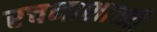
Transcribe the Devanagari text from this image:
रचनाशास्त्री